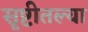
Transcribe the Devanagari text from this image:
सृष्टीतल्या